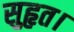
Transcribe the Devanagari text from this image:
सुहृत।